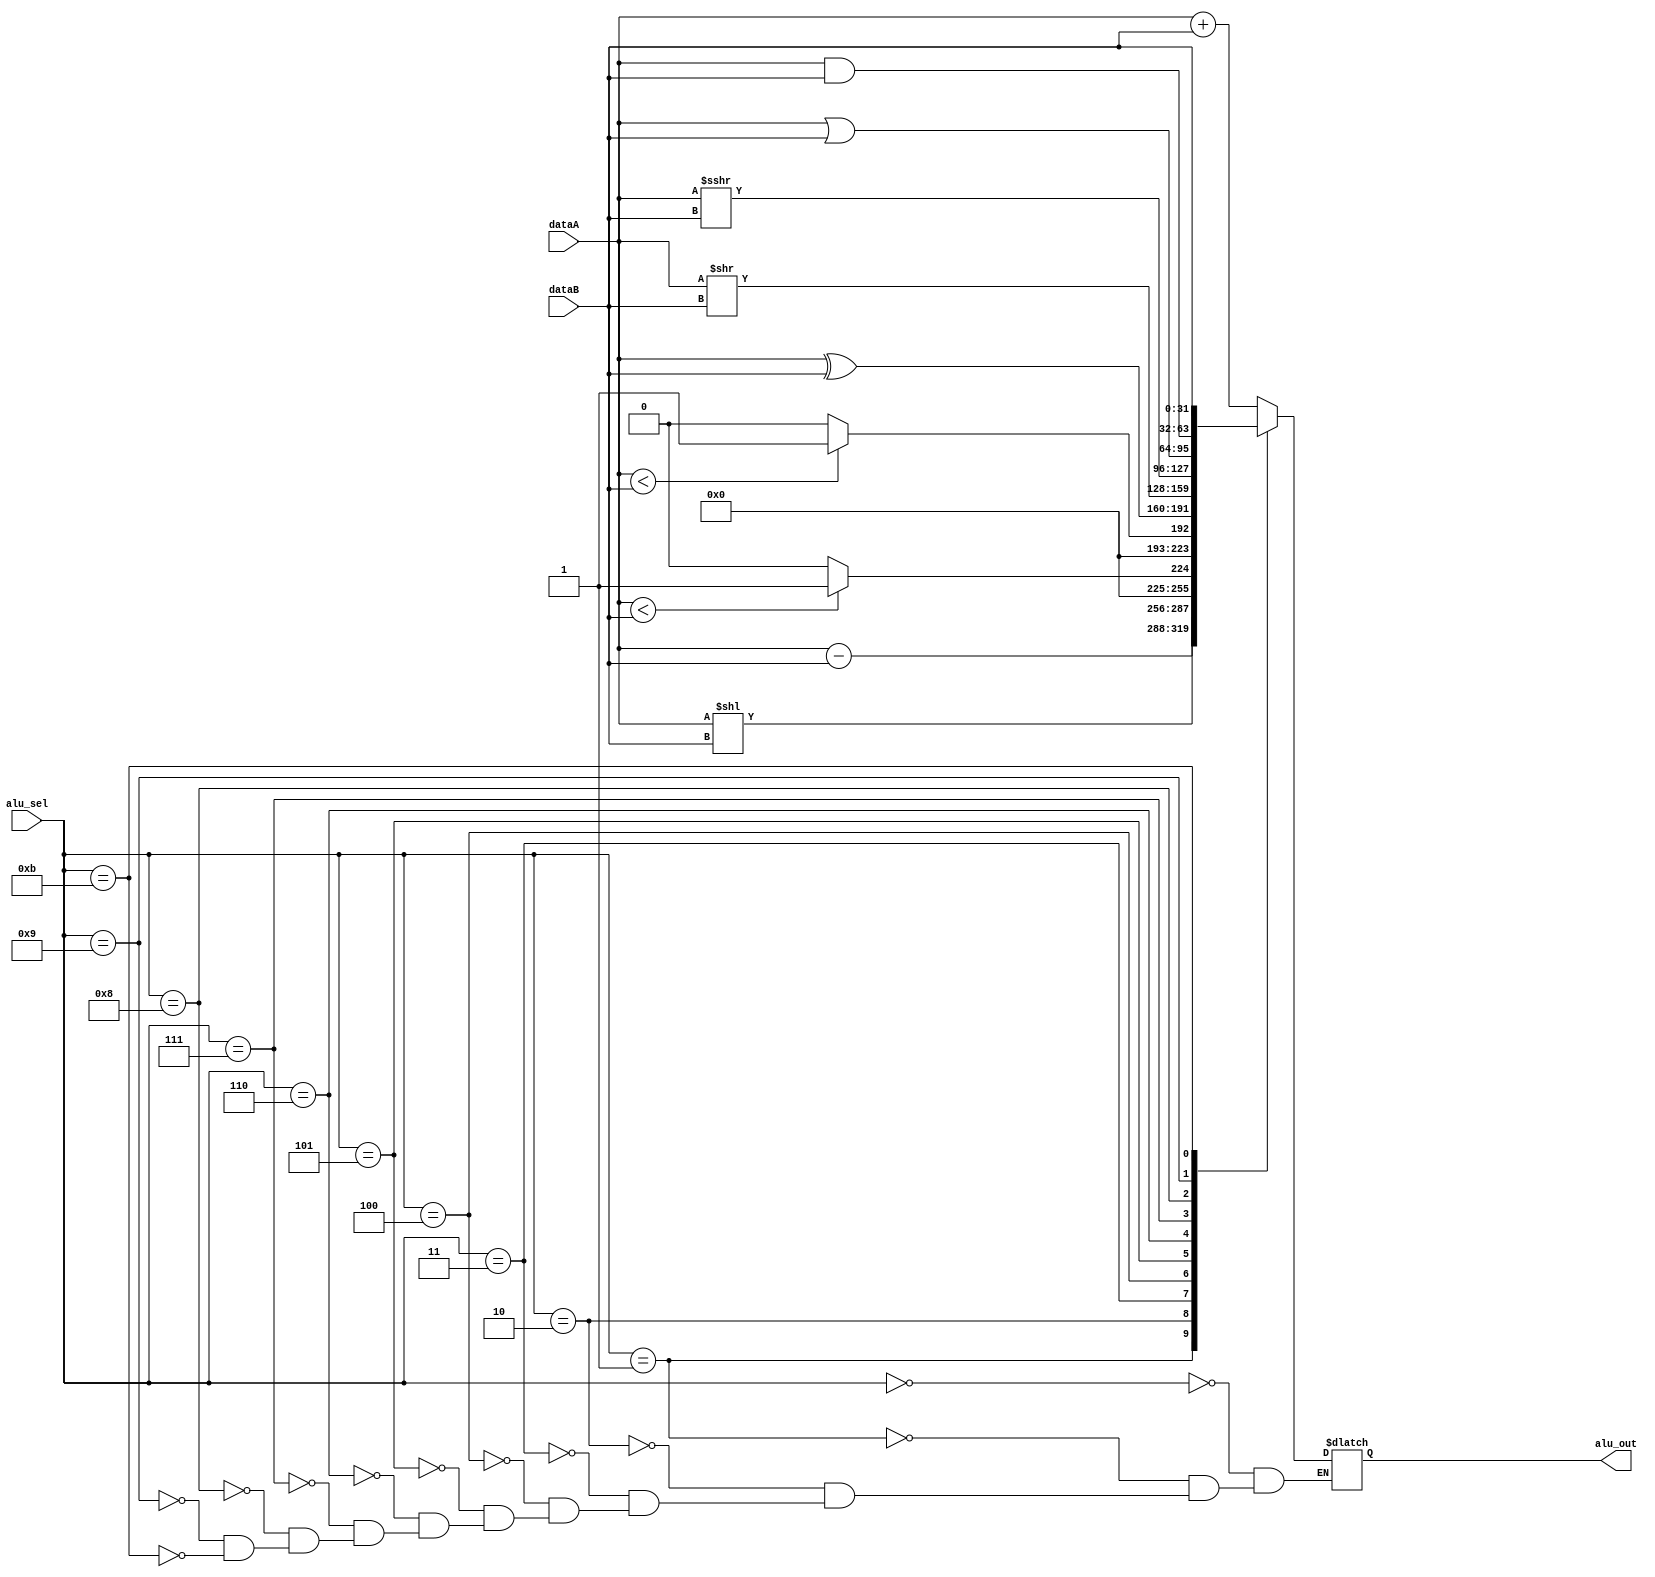
module ALU(
	input [3:0] alu_sel, 
	input signed [31:0] dataA, 
	input signed [31:0] dataB, 
	output reg [31:0] alu_out);
	
	parameter [3:0] ADD = 4'b0000;
	parameter [3:0] SUB = 4'b0001;
	parameter [3:0] SLL = 4'b0010;
	parameter [3:0] SLT = 4'b0011;
	parameter [3:0] SLTU = 4'b0100;
	parameter [3:0] XOR = 4'b0101;
	parameter [3:0] SRL = 4'b0110;
	parameter [3:0] SRA = 4'b0111;
	parameter [3:0] OR = 4'b1000;
	parameter [3:0] AND = 4'b1001;
	parameter [3:0] B_OUT = 4'b1011;
	
	always @(*) begin
		case (alu_sel)
			ADD: begin
				alu_out = dataA + dataB;
			end
			SUB: begin
				alu_out = dataA - dataB;
			end
			SLL: begin
				alu_out = dataA << $unsigned(dataB);
			end
			SLT: begin
				alu_out = (dataA < dataB) ? 1 : 0;
			end
			SLTU: begin
				alu_out = ($unsigned(dataA) < $unsigned(dataB)) ? 1 : 0;
			end
			XOR: begin
				alu_out = dataA ^ dataB;
			end
			SRL: begin
				alu_out = dataA >> $unsigned(dataB);
			end
			SRA: begin
				alu_out = dataA >>> $unsigned(dataB);
			end
			OR: begin
				alu_out = dataA | dataB;
			end
			AND: begin
				alu_out = dataA & dataB;
			end
			B_OUT:
				alu_out = dataB;
		endcase	
	end

endmodule